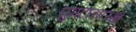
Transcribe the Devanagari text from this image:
घुमटासारखे